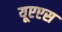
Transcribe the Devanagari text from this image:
यूएएस